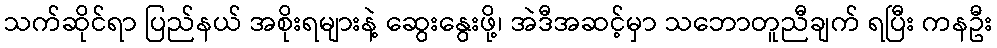
သက်ဆိုင်ရာ ပြည်နယ် အစိုးရများနဲ့ ဆွေးနွေးဖို့၊ အဲဒီအဆင့်မှာ သဘောတူညီချက် ရပြီး ကနဦး